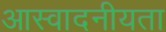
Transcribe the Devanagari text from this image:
आस्वादनीयता